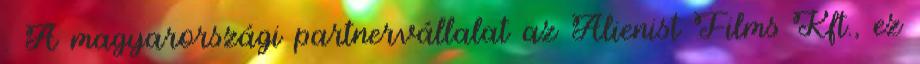
. A magyarországi partnervállalat az Alienist Films Kft., ez